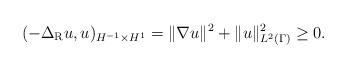
LaTeX: \begin{align*}(-\Delta_{\rm{R}} u,u)_{H^{-1}\times H^1} = \|\nabla u\|^2 + \|u\|^2_{L^2(\Gamma)} \geq 0.\end{align*}